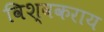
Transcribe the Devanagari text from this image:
विश्वकराय